Elephants and their diseases
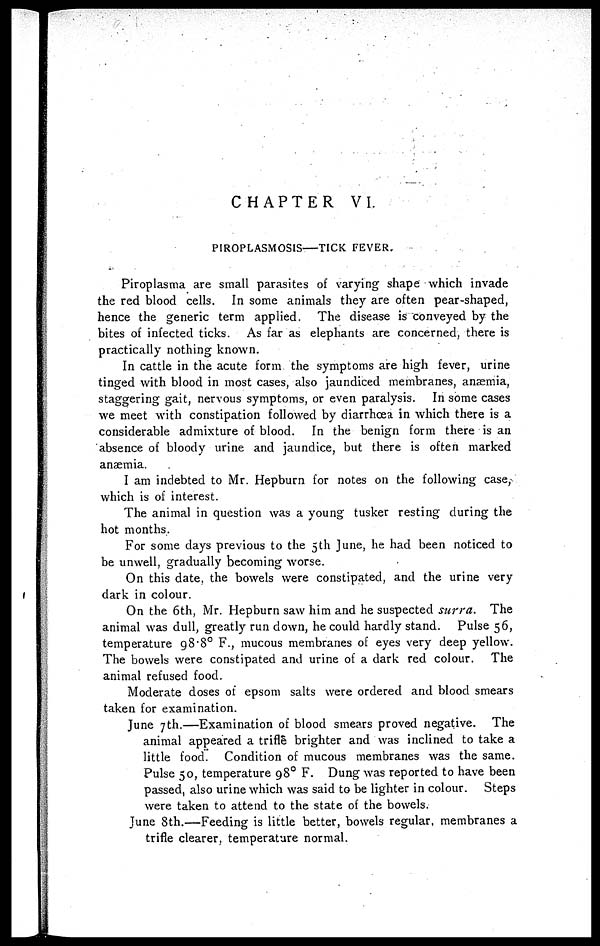
CHAPTER VI.
PIROPLASMOSIS―TICK FEVER.
Piroplasma are small parasites of varying shape which invade
the red blood cells. In some animals they are often pear-shaped,
hence the generic term applied. The disease is conveyed by the
bites of infected ticks. As far as elephants are concerned, there is
practically nothing known.
In cattle in the acute form the symptoms are high fever, urine
tinged with blood in most cases, also jaundiced membranes, anæmia,
staggering gait, nervous symptoms, or even paralysis. In some cases
we meet with constipation followed by diarrhoea in which there is a
considerable admixture of blood. In the benign form there is an
absence of bloody urine and jaundice, but there is often marked
anaemia.
I am indebted to Mr. Hepburn for notes on the following case,
which is of interest.
The animal in question was a young tusker resting during the
hot months.
For some days previous to the 5th June, he had been noticed to
be unwell, gradually becoming worse.
On this date the bowels were constipated, and the urine very
dark in colour.
On the 6th, Mr. Hepburn saw him and he suspected surra.
The
animal was dull, greatly run down, he could hardly stand. Pulse 56,
temperature 98.8° F., mucous membranes of eyes very deep yellow.
The bowels were constipated and urine of a dark red colour. The
animal refused food.
Moderate doses of epsom salts were ordered and blood smears
taken for examination.
June 7th.—Examination of blood smears proved negative. The
animal appeared a trifle brighter and was inclined to take a
little food. Condition of mucous membranes was the same.
Pulse 50, temperature 98 0 F. Dung was reported to have been
passed, also urine which was said to be lighter in colour. Steps
were taken to attend to the state of the bowels.
June 8th.—Feeding is little better, bowels regular, membranes a
trifle clearer, temperature normal.